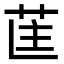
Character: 𮎵